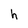
Character: h